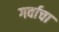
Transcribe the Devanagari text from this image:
गर्वाचा